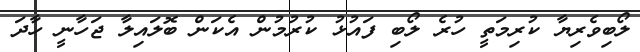
ލޯބިވެރިޔާ ކުރިމަތީ ހުރެ ލޯބި ފައުޅު ކުރުމުން އެކަން ބޮލައިލާ ޖަހާނީ ހާދަ